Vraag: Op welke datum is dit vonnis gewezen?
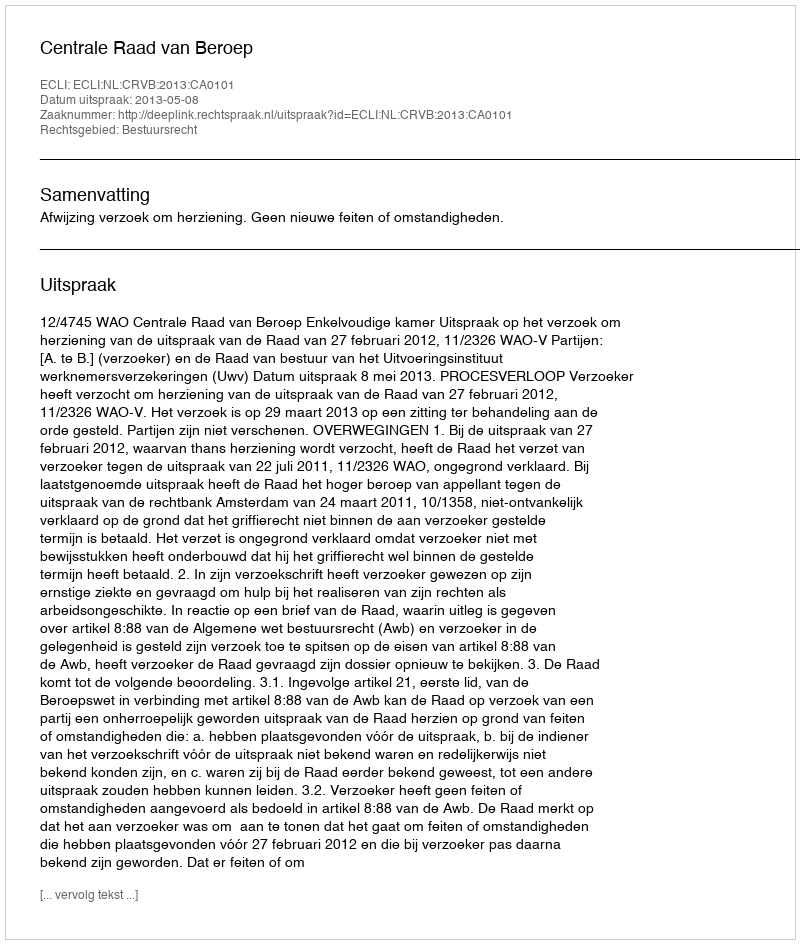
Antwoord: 2013-05-08